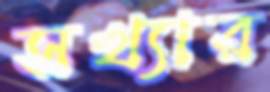
সখ্যার